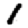
Digit: 1